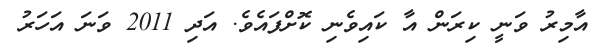
އާމިރު ވަނީ ކިރަން އާ ކައިވެނި ކޮށްފައެވެ. އަދި 2011 ވަނަ އަހަރު